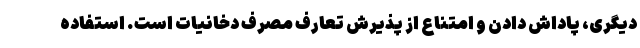
دیگری، پاداش دادن و امتناع از پذیرش تعارف مصرف دخانیات است. استفاده